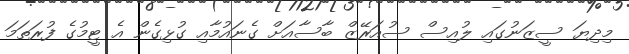
މިދިޔަ ސީޒަނުގައި ލުއިސް ސުއަރޭޒް ބާސާއަށް ގެނައުމާއި ގުޅިގެން އެ ޓީމުގެ ފުރަތަމަ